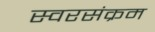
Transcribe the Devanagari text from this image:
स्वरसंक्रम